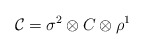
\begin{align*}{\cal C}=\sigma^2\otimes C\otimes \rho^1\end{align*}